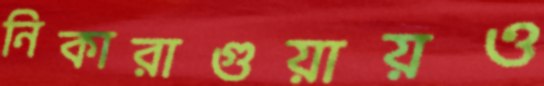
নিকারাগুয়ায়ও